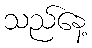
သည်နေ့